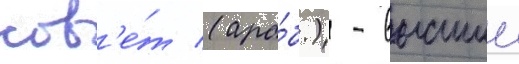
сов'е́т (ара́б.) - высшии